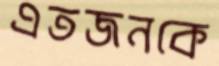
এতজনকে